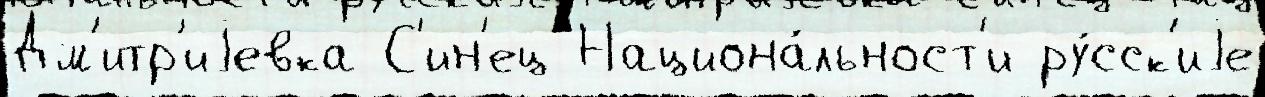
Дм'итр'иjевка С'ин'ец Национа́льност'и ру́сск'иjе